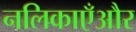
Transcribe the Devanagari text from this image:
नलिकाएँऔर